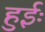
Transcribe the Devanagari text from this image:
हुईः